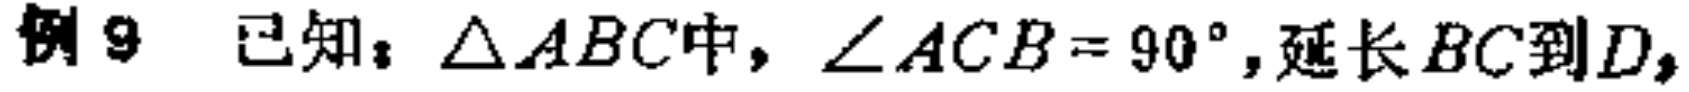
例9 已知：$\triangle ABC$中，$\angle ACB = 90^{\circ}$，延长$BC$到$D$，